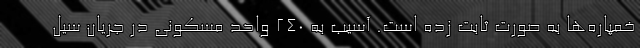
خمپاره‌ها به صورت ثابت زده است. آسیب به 240 واحد مسکونی در جریان سیل